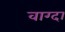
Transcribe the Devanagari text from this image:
वाग्दा